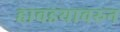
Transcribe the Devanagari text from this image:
हावडयावरुन